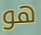
هو